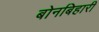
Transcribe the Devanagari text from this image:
बोनबिहारी